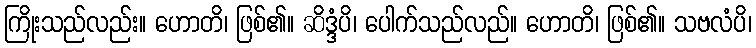
ကြိုးသည်လည်း။ ဟောတိ၊ ဖြစ်၏။ ဆိဒ္ဒံပိ၊ ပေါက်သည်လည်။ ဟောတိ၊ ဖြစ်၏။ သဗလံပိ၊